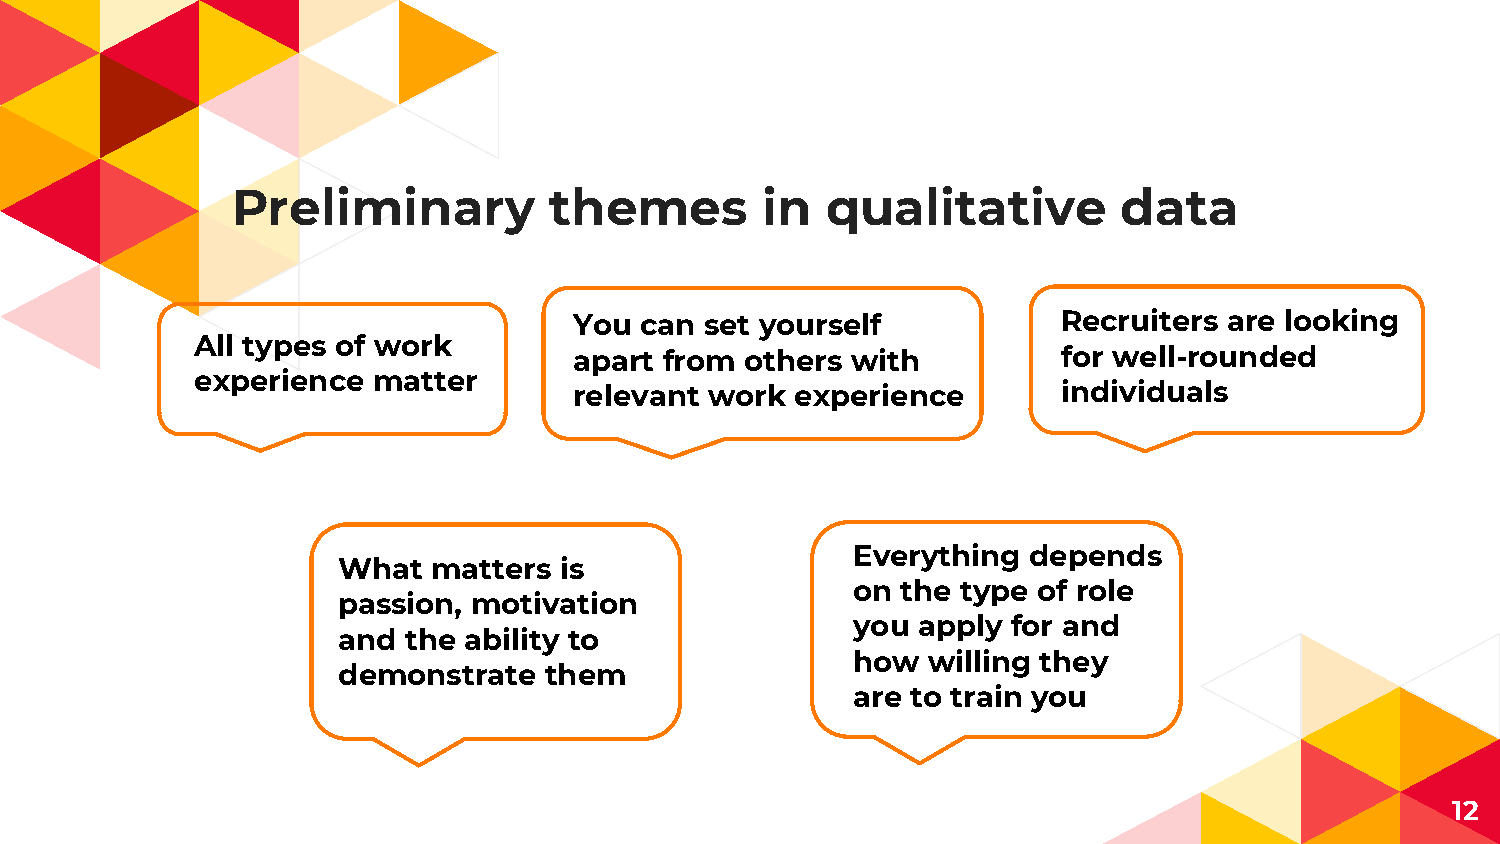
Preliminary          themes        in   qualitative        data
 You can  set yourself           Recruiters are looking
 All types of work
 apart from others with          for well-rounded
 experience  matter
 relevant work  experience       individuals
 Everything  depends
 What   matters is
 on  the type of role
 passion, motivation
 you  apply for and
 and  the ability to
 how  willing they
 demonstrate   them
 are to train you
 12